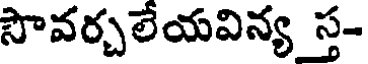
సౌవర్చలేయవిన్య స్త-